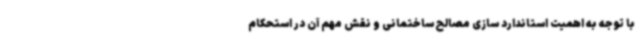
با توجه به اهمیت استاندارد سازی مصالح ساختمانی و نقش مهم آن در استحکام